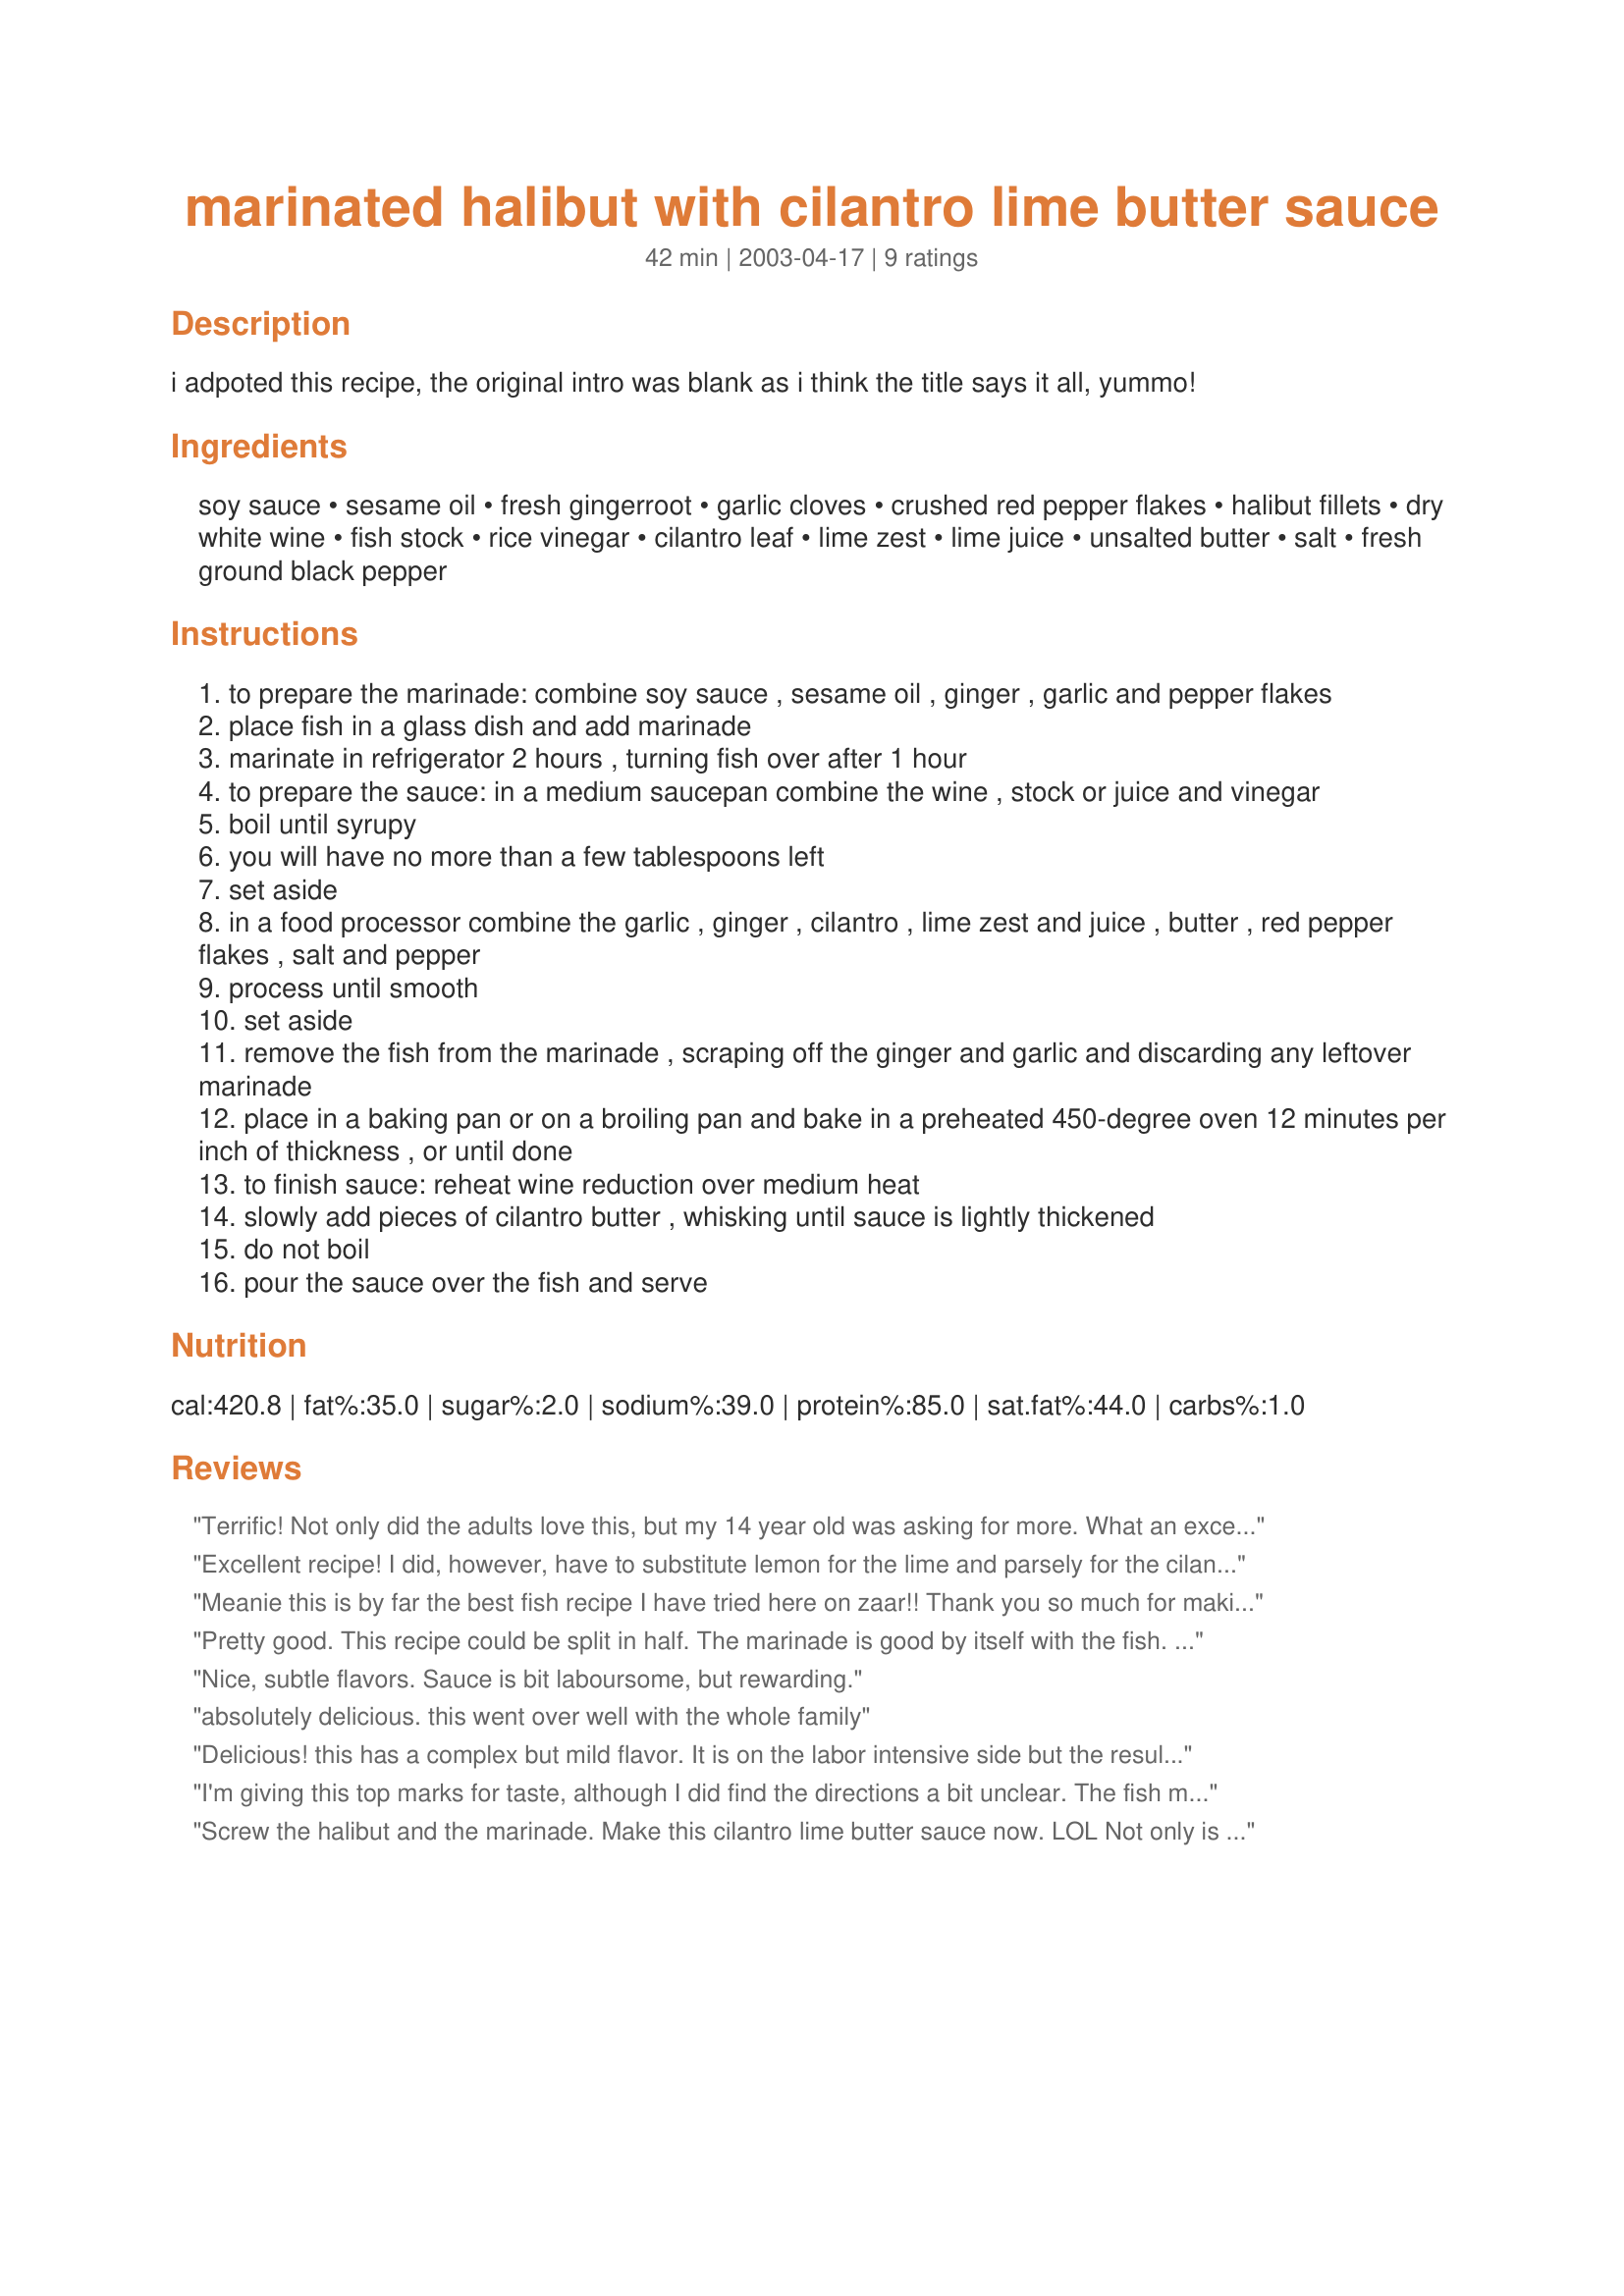
marinated halibut with cilantro lime butter sauce
Preparation time: 42 minutes

i adpoted this recipe, the original intro was blank as i think the title says it all, yummo!

Ingredients:
soy sauce, sesame oil, fresh gingerroot, garlic cloves, crushed red pepper flakes, halibut fillets, dry white wine, fish stock, rice vinegar, cilantro leaf, lime zest, lime juice, unsalted butter, salt, fresh ground black pepper

Steps:
to prepare the marinade: combine soy sauce , sesame oil , ginger , garlic and pepper flakes
place fish in a glass dish and add marinade
marinate in refrigerator 2 hours , turning fish over after 1 hour
to prepare the sauce: in a medium saucepan combine the wine , stock or juice and vinegar
boil until syrupy
you will have no more than a few tablespoons left
set aside
in a food processor combine the garlic , ginger , cilantro , lime zest and juice , butter , red pepper flakes , salt and pepper
process until smooth
set aside
remove the fish from the marinade , scraping off the ginger and garlic and discarding any leftover marinade
place in a baking pan or on a broiling pan and bake in a preheated 450-degree oven 12 minutes per inch of thickness , or until done
to finish sauce: reheat wine reduction over medium heat
slowly add pieces of cilantro butter , whisking until sauce is lightly thickened
do not boil
pour the sauce over the fish and serve

Reviews:
Terrific! Not only did the adults love this, but my 14 year old was asking for more. What an excellent combination of flavours...and for someone who loves the cilantro/lime combination (that would be me) it is just delicious!
Excellent recipe! I did, however, have to substitute lemon for the lime and parsely for the cilantro in the sauce (both not available in my neck of the woods). Nonetheless, the flavors were perfect. I did not have any trouble with the sauce, it boiled down nicely. I chilled the butter mixture before whisking it into the sauce, it thickened without problems.
Meanie this is by far the best fish recipe I have tried here on zaar!! Thank you so much for making a very special dinner extra special. The only alterations I made to the recipe, was I increased the amt of garlic from 2 to 5 cloves (in the sauce), instead of pepper flakes in the sauce, I used 3 fresh chilli (seeded). This was just fantastic!! And I used clam juice instead of fish stock for the sauce. :) Thanks Meanie!!
Pretty good. This recipe could be split in half. The marinade is good by itself with the fish. The butter sauce is nice but quite a bit of work when you could just do a little compound lime butter and get something pretty close in flavor to the butter sauce.
Nice, subtle flavors. Sauce is bit laboursome, but rewarding.
absolutely delicious. this went over well with the whole family
Delicious! this has a complex but mild flavor. It is on the labor intensive side but the result is worth the effort. The sauce makes this dish IMHO. Thank you for posting the recipe.
I'm giving this top marks for taste, although I did find the directions a bit unclear. The fish marinade resulted in a very tender piece of fish. It's a marinade I liked a lot, with an Asian flavour, and I think you could use it on other meats, or possibly in a noodle salad. The flavours in the sauce also worked very well together. It is quite intense, with the coriander and fish stock flavours standing out, but it complimented the fish, which was more delicately flavoured. The problem I had was I did not know how long to boil the first stage of the sauce. I boiled it for over ten minutes but it never got really syrupy. In the end, I had about 1/8 cup stock and went from there. Talking since to MeanChef, this may have been a bit too much liquid, which is probably why I felt the need to add a tiny bit of cornstarch at the end to thicken it up.
Screw the halibut and the marinade. Make this cilantro lime butter sauce now. LOL Not only is this sauce REALLY tasty and a beautiful vibrant green that makes for gorgeous presentation -- it can be wonderfully versatile too. Though I haven't tried it I know it would be great over various seafood, chicken, pork tenderloin, certain veggies and probably much more. Though the combo of the halibut, marinade and sauce is a fabulous one -- don't limit it to just that. This recipe is all about the sauce.
